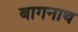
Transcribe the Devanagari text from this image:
बागनाथ